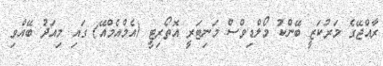
ރާއްޖޭގެ މަރުކަޒީ ބޭންކު މޯލްޑިވްސް މަނިޓަރީ އޮތޯރިޓީ (އެމްއެމްއޭ) ގައި މިއަދު ބޭއްވި